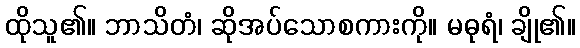
ထိုသူ၏။ ဘာသိတံ၊ ဆိုအပ်သောစကားကို။ မဓုရံ၊ ချို၏။